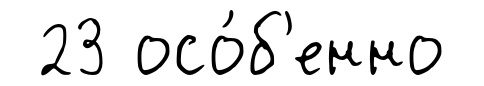
23 осо́б'енно